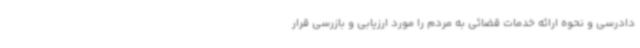
دادرسی و نحوه ارائه خدمات قضائی به مردم را مورد ارزیابی و بازرسی قرار